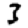
Digit: 3